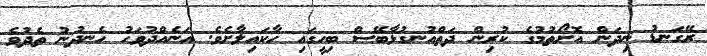
ރޭގަނޑު ނިދަން އޮށޯތުމުގެ ކުރިން ދަތްއުނގުޅާބޭސް ބިހީގައި ހާކައިލާށެވެ. އަނެއްދުވަހު ހެނދުނު ތެދުވެ